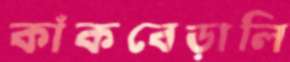
কাঁকবেড়ালি